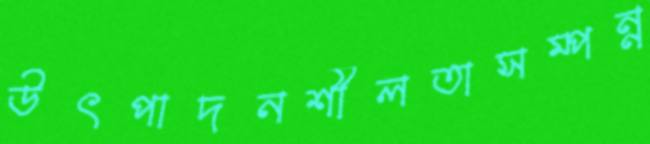
উৎপাদনশীলতাসম্পন্ন